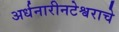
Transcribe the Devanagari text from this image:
अर्धनारीनटेश्वराचे